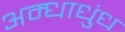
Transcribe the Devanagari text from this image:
अम्धाधुंध